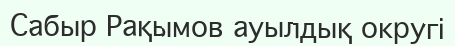
Сабыр Рақымов ауылдық округі